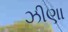
ઝીણા